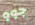
جوو